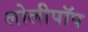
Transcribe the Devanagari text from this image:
लोलीपॉप